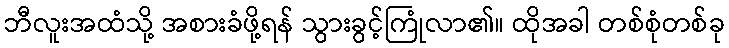
ဘီလူးအထံသို့ အစားခံဖို့ရန် သွားခွင့်ကြုံလာ၏။ ထိုအခါ တစ်စုံတစ်ခု